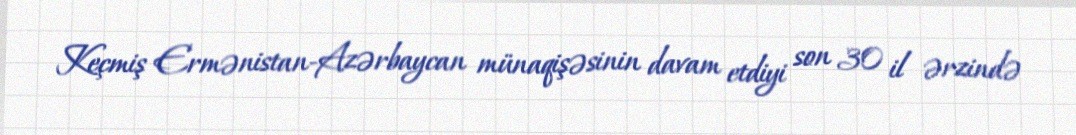
Keçmiş Ermənistan-Azərbaycan münaqişəsinin davam etdiyi son 30 il ərzində